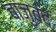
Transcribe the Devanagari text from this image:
बाजुबंद